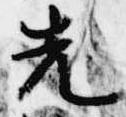
先